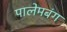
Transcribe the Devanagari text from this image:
पालेमबंग